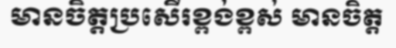
មានចិត្តប្រសើរខ្ពង់ខ្ពស់ មានចិត្ត